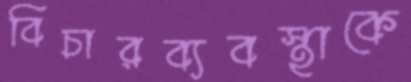
বিচারব্যবস্থাকে